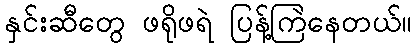
နှင်းဆီတွေ ဖရိုဖရဲ ပြန့်ကြဲနေတယ်။